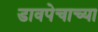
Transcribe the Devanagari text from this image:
डावपेचाच्या